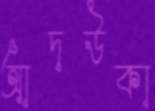
আদউকা